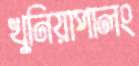
খুনিয়াপালং